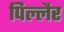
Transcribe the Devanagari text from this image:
पिल्लैर